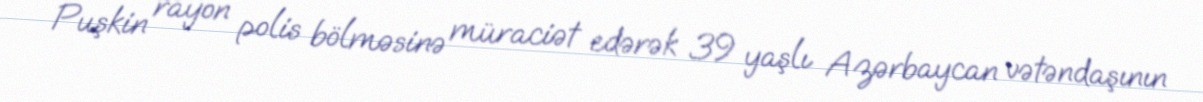
Puşkin rayon polis bölməsinə müraciət edərək 39 yaşlı Azərbaycan vətəndaşının